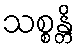
သစ္စန္တိ